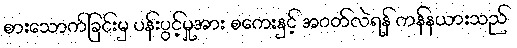
စားသောက်ခြင်းမှ ပန်းပွင့်မှုအား စကေးနှင့် အဝတ်လဲရန် ကန်နယားသည်